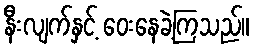
နီးလျက်နှင့် ဝေးနေခဲ့ကြသည်။